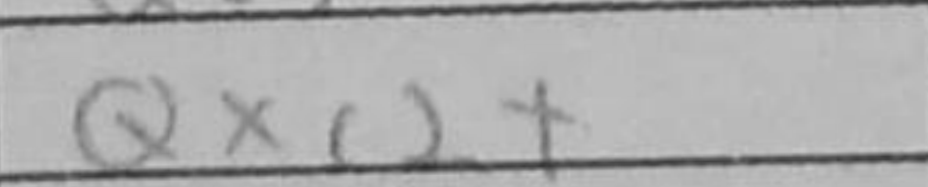
Transcription: Qxc2+